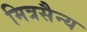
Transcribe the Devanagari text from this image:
मित्रसैन्य